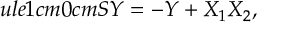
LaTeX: ule { 1 cm } { 0 cm } S Y = - Y + X _ { 1 } X _ { 2 } ,